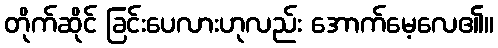
တိုက်ဆိုင် ခြင်းပေလားဟုလည်း အောက်မေ့လေ၏။